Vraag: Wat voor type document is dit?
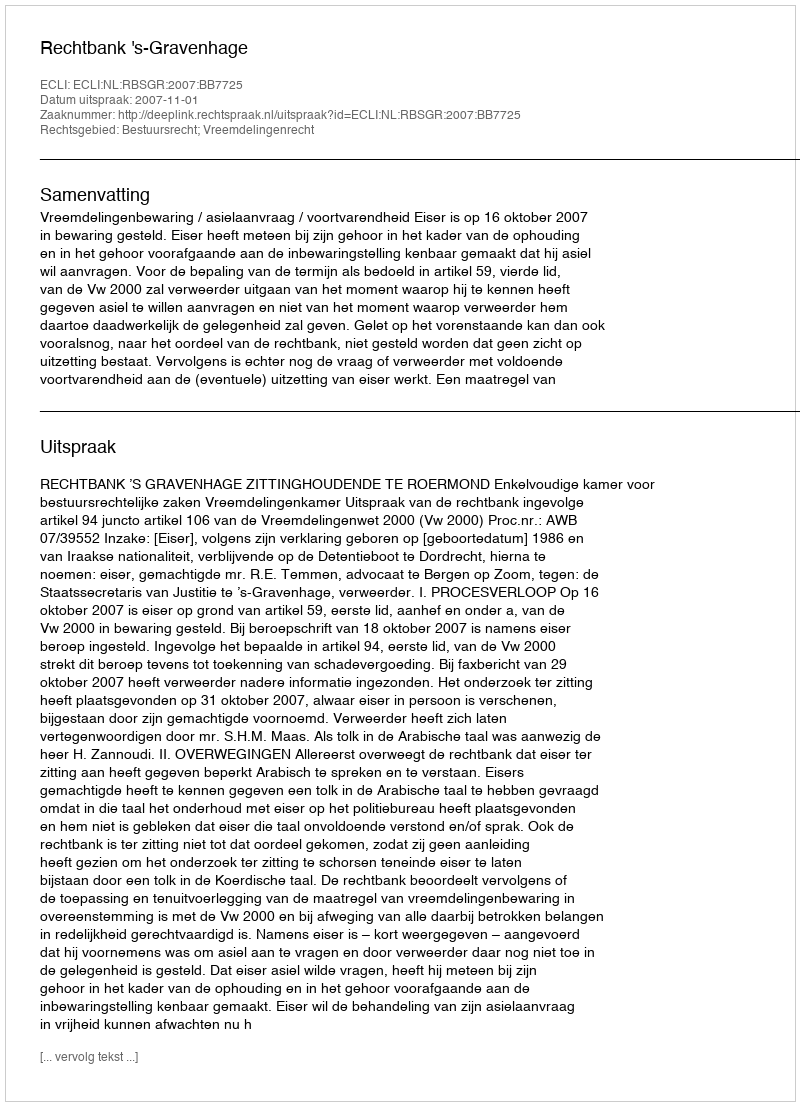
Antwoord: Uitspraak